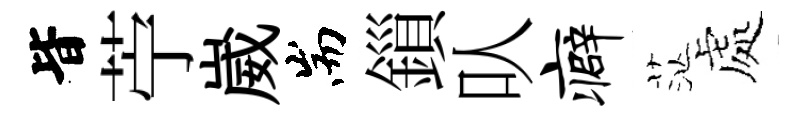
𣅜苧崴耑鎻㕥癖茫處